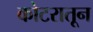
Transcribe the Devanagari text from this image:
कोटरातून